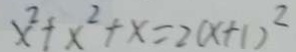
x ^ { 2 } + x ^ { 2 } + x = 2 ( x + 1 ) ^ { 2 }